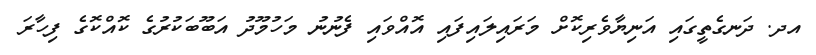
އދ. ދަނގެތީގައި އަނިޔާވެރިކޮށް މަރައިލައިފައި އޮއްވައި ފެނުނު މަހުމޫދު އަބޫބަކުރުގެ ކޮއްކޮގެ ފިހާރަ